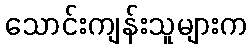
သောင်းကျန်းသူများက